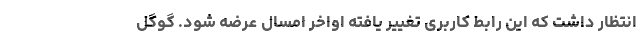
انتظار داشت که این رابط کاربری تغییر یافته اواخر امسال عرضه شود. گوگل